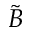
\tilde { B }